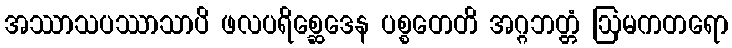
အဿာသပဿာသာပိ ဖလပရိစ္ဆေဒေန ပစ္စတေတိ အဂ္ဂဘတ္တံ ဩမကတရော